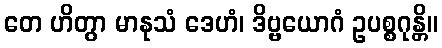
တေ ဟိတွာ မာနုသံ ဒေဟံ၊ ဒိဗ္ဗယောဂံ ဥပစ္စဂုန္တိ။